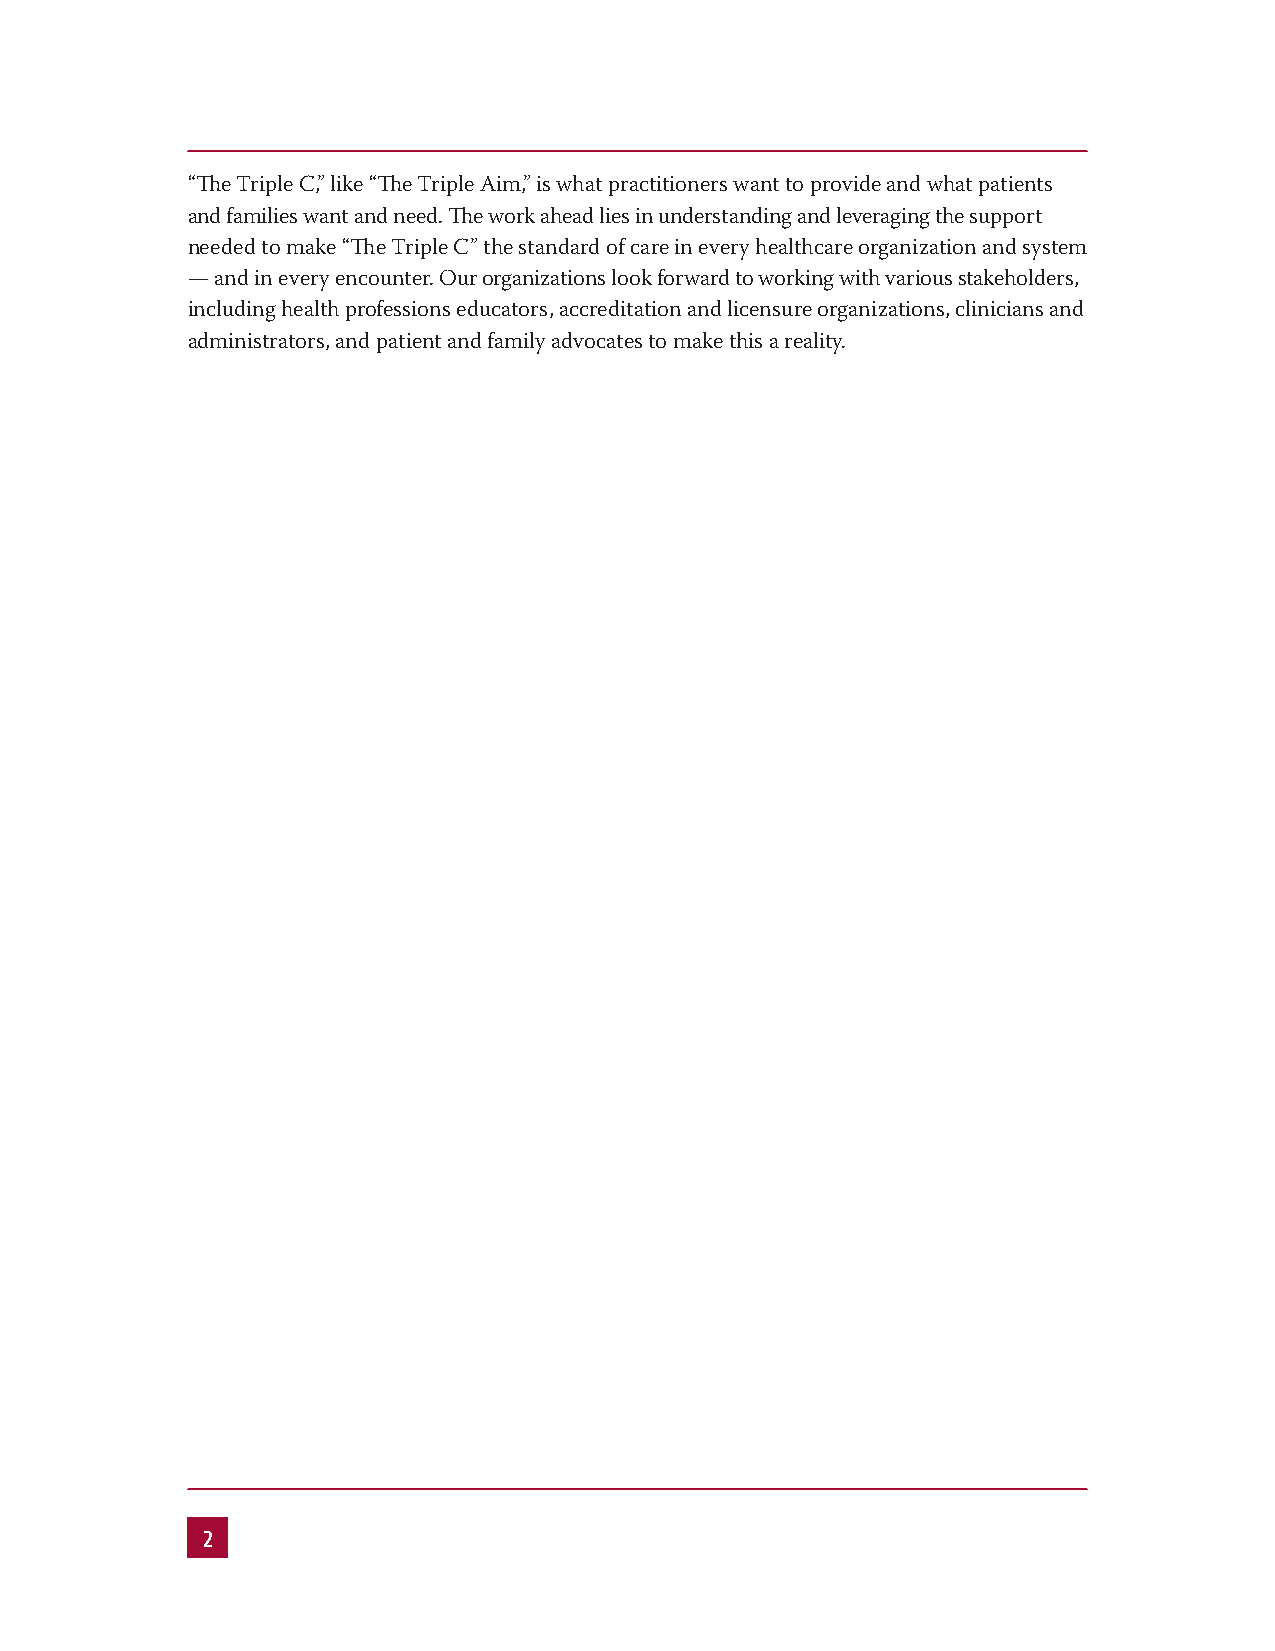
“The Triple C,” like “The Triple Aim,” is what practitioners want to provide and what patients
 and families want and need. The work ahead lies in understanding and leveraging the support
 needed to make “The Triple C” the standard of care in every healthcare organization and system
 — and in every encounter. Our organizations look forward to working with various stakeholders,
 including health professions educators, accreditation and licensure organizations, clinicians and
 administrators, and patient and family advocates to make this a reality.
 2